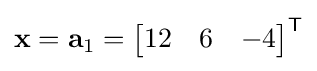
\mathbf {x} =\mathbf {a} _{1}={\begin{bmatrix}12&6&-4\end{bmatrix}}^{\textsf {T}}